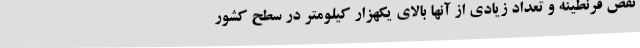
نقض قرنطینه و تعداد زیادی از آنها بالای یکهزار کیلومتر در سطح کشور